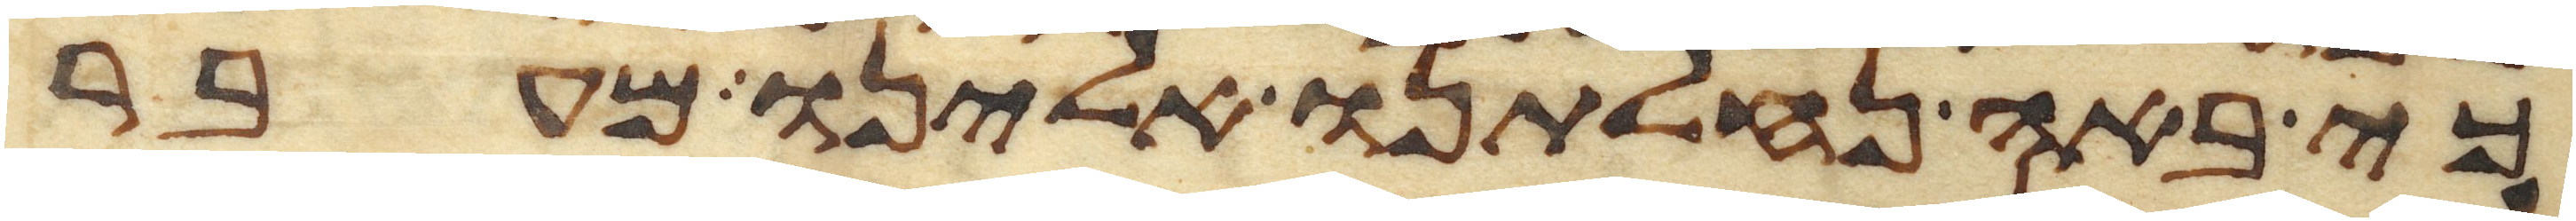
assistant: כי באה נחלתנו אלינו מעבר